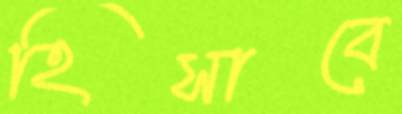
হিসাবে